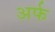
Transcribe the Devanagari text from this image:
अर्फ